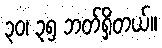
၃၀၊ ၃၅ ဘတ်ရှိတယ်။